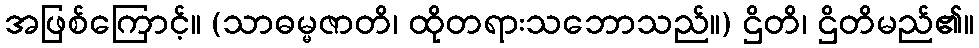
အဖြစ်ကြောင့်။ (သာဓမ္မဇာတိ၊ ထိုတရားသဘောသည်။) ဌိတိ၊ ဌိတိမည်၏။